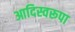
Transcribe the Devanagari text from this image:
आदिस्वरूपा